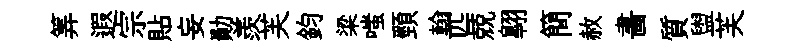
筭遐宗貼妄勛羨芙鈞梁嗤頸翰匹兢翺簡赦畵質盥芙